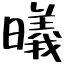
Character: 曦